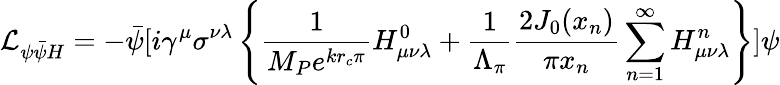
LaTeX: {\cal L}_{\psi\bar{\psi}H}=-\bar{\psi}[i\gamma^{\mu}\sigma^{\nu\lambda}\left\{ \frac{1}{M_{P}e^{kr_{c}\pi}}H_{\mu\nu\lambda}^{0}+\frac{1}{\Lambda_{\pi}}\frac{2J_{0}(x_{n})}{\pi x_{n}}\sum_{n=1}^{\infty}H_{\mu\nu\lambda}^{n}\right\} ]\psi